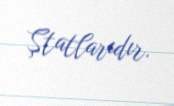
Ştatlarıdır.